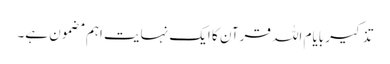
تذکیر بایام اللہ قرآن کا ایک نہایت اہم مضمون ہے۔